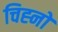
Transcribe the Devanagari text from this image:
चिह्‍नों